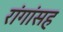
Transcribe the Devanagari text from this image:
रांगांसह